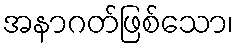
အနာဂတ်ဖြစ်သော၊